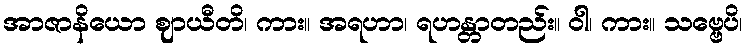
အာဇာနိယော ဈာယီတိ၊ ကား။ အရဟာ၊ ရဟန္တာတည်း။ ဝါ၊ ကား။ သဗ္ဗေပိ၊